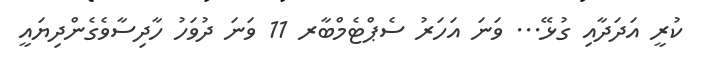
ކުރީ އަދަދާއި ގުޅޭ... ވަނަ އަހަރު ސެޕްޓެމްބާރ 11 ވަނަ ދުވަހު ހާދިސާވެގެންދިޔައީ